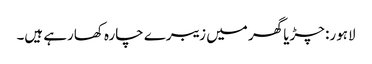
لاہور: چڑیا گھر میں زیبرے چارہ کھارہے ہیں۔